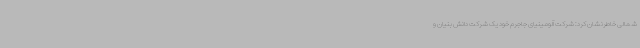
شمالی خاطرنشان کرد: شرکت آلومینیای جاجرم خود یک شرکت دانش بنیان و